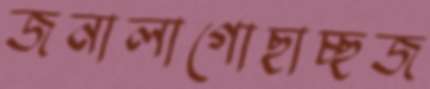
জনালাগোছাচ্ছজ